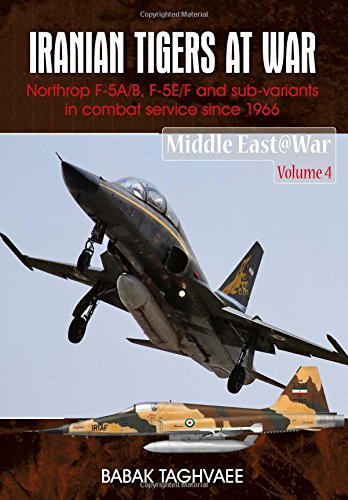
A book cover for Iranian Tigers at War: Northrop F-5A/B, F-5E/F and Sub-Variants in Iranian Service since 1966 (Middle East@war); Babak Taghvaee; History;